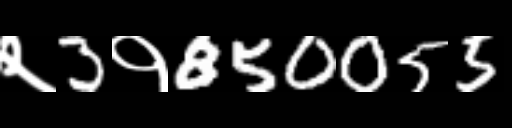
Text: २3१850055